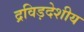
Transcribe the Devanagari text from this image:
द्रविड़देशीय